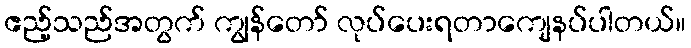
ဧည့်သည်အတွက် ကျွန်တော် လုပ်ပေးရတာကျေနပ်ပါတယ်။